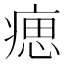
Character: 𤸛